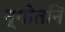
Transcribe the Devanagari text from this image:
न्गोतनि